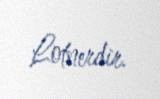
Lotnerdir.